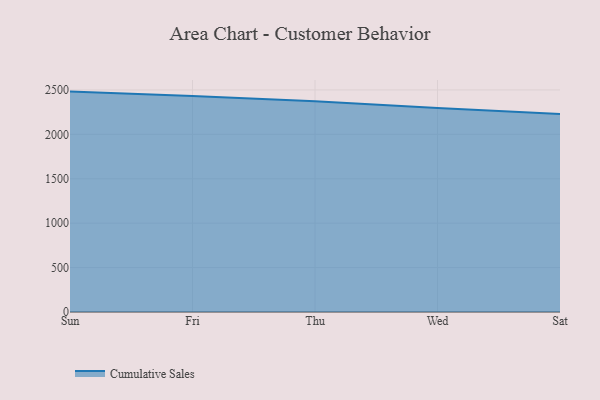
{"axis": {"x": "Day", "y": "Gross Profit (USD K)"}, "legend": ["Cumulative Sales"], "data": [{"x": "Sun", "y": 2481.2, "type": "Cumulative Sales"}, {"x": "Fri", "y": 2432.8, "type": "Cumulative Sales"}, {"x": "Thu", "y": 2373.1, "type": "Cumulative Sales"}, {"x": "Wed", "y": 2296.3, "type": "Cumulative Sales"}, {"x": "Sat", "y": 2229.8, "type": "Cumulative Sales"}]}